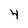
Character: 4